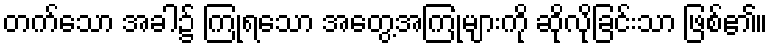
တက်သော အခါ၌ ကြုံရသော အတွေ့အကြုံများကို ဆိုလိုခြင်းသာ ဖြစ်၏။